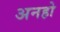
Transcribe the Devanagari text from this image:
अनहो